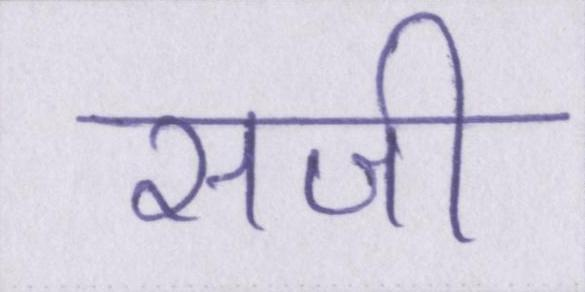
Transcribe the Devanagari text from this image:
सजी